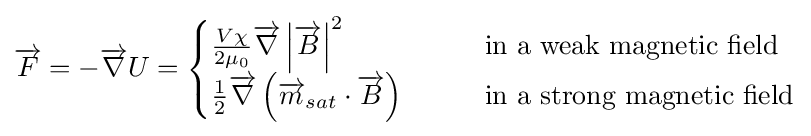
{\overrightarrow {F}}=-{\overrightarrow {\nabla }}U={\begin{cases}{\frac {V\chi }{2\mu _{0}}}{\overrightarrow {\nabla }}\left|{\overrightarrow {B}}\right|^{2}&\qquad {\text{in a weak magnetic field}}\\{\frac {1}{2}}{\overrightarrow {\nabla }}\left({\overrightarrow {m}}_{sat}\cdot {\overrightarrow {B}}\right)&\qquad {\text{in a strong magnetic field}}\end{cases}}